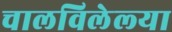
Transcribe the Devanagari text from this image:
चालविलेल्‍या